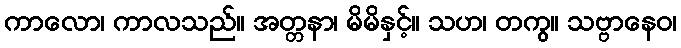
ကာလော၊ ကာလသည်။ အတ္တနာ၊ မိမိနှင့်။ သဟ၊ တကွ။ သဗ္ဗာနေဝ၊